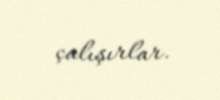
çalışırlar.